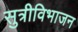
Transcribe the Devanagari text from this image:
सुत्रीविभाजन